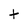
Character: t